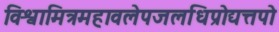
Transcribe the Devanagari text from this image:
विश्वामित्रमहावलेपजलधिप्रोद्यत्तपो